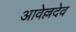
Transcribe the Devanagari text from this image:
आवेल्लदेव